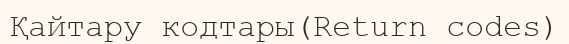
Қайтару кодтары(Return codes)